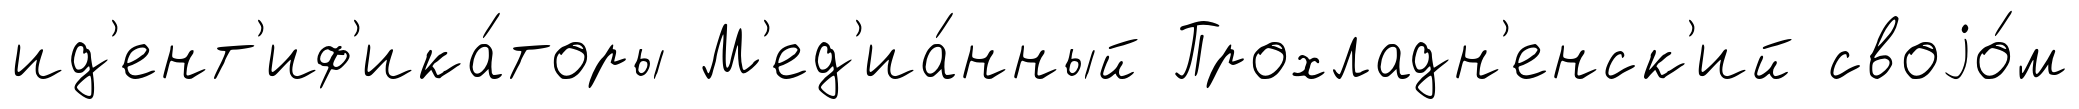
ид'ент'иф'ика́торы М'ед'иа́нный Прохладн'енск'ий своjо́м